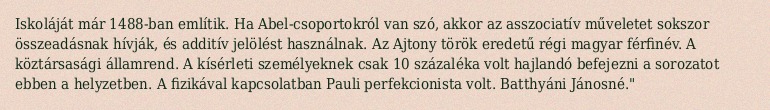
Iskoláját már 1488-ban említik. Ha Abel-csoportokról van szó, akkor az asszociatív műveletet sokszor összeadásnak hívják, és additív jelölést használnak. Az Ajtony török eredetű régi magyar férfinév. A köztársasági államrend. A kísérleti személyeknek csak 10 százaléka volt hajlandó befejezni a sorozatot ebben a helyzetben. A fizikával kapcsolatban Pauli perfekcionista volt. Batthyáni Jánosné."